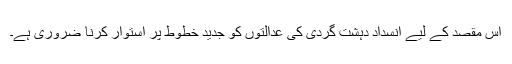
اس مقصد کے لیے انسداد دہشت گردی کی عدالتوں کو جدید خطوط پر استوار کرنا ضروری ہے۔